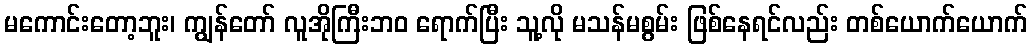
မကောင်းတော့ဘူး၊ ကျွန်တော် လူအိုကြီးဘဝ ရောက်ပြီး သူ့လို မသန်မစွမ်း ဖြစ်နေရင်လည်း တစ်ယောက်ယောက်